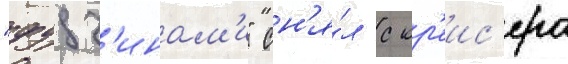
"фудз'инам'и" сн'я́л с кр'еис'ера